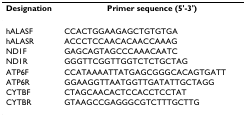
| Designation | Primer sequence (5'-3') |
 | --- | --- |
 | hALASF | CCACTGGAAGAGCTGTGTGA |
 | hALASR | ACCCTCCAACACAACCAAAG |
 | ND1F | GAGCAGTAGCCCAAACAATC |
 | ND1R | GGGTTCGGTTGGTCTCTGCTAG |
 | ATP6F | CCATAAAATTATGAGCGGGCACAGTGATT |
 | ATP6R | GGAAGGTTAATGGTTGATATTGCTAGG |
 | CYTBF | CTAGCAACACTCCACCTCCTAT |
 | CYTBR | GTAAGCCGAGGGCGTCTTTGCTTG |